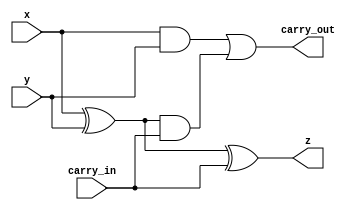
// This program was cloned from: https://github.com/RomeoMe5/DDLM
// License: MIT License

module full_adder_structural
(
    input wire  x, y, carry_in,
    output wire z, carry_out
);
    wire [2:0] t;

    xor(t[0], x, y);
    xor(z, t[0], carry_in);
    and(t[1], x, y);
    and(t[2], t[0], carry_in);
    or (carry_out, t[1], t[2]);
    
endmodule